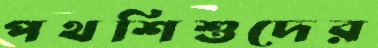
পথশিশুদের